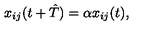
x _ { i j } ( t + \hat { T } ) = \alpha x _ { i j } ( t ) ,